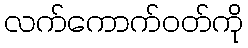
လက်ကောက်ဝတ်ကို